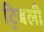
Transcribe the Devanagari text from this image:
ट्रिबली